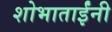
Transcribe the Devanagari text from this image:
शोभाताईंनी